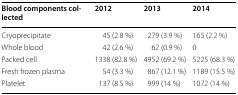
<table><thead><tr><td><b>Blood components collected</b></td><td><b>2012</b></td><td><b>2013</b></td><td><b>2014</b></td></tr></thead><tbody><tr><td>Cryoprecipitate</td><td>45 (2.8 %)</td><td>279 (3.9 %)</td><td>165 (2.2 %)</td></tr><tr><td>Whole blood</td><td>42 (2.6 %)</td><td>62 (0.9 %)</td><td>0</td></tr><tr><td>Packed cell</td><td>1338 (82.8 %)</td><td>4952 (69.2 %)</td><td>5225 (68.3 %)</td></tr><tr><td>Fresh frozen plasma</td><td>54 (3.3 %)</td><td>867 (12.1 %)</td><td>1189 (15.5 %)</td></tr><tr><td>Platelet</td><td>137 (8.5 %)</td><td>999 (14 %)</td><td>1072 (14 %)</td></tr></tbody></table>